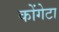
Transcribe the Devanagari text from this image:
कोंगेटा